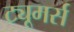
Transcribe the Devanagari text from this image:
ट्यूमर्स